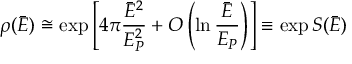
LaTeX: \rho ( \bar { E } ) \cong \exp \left[ 4 \pi { \frac { \bar { E } ^ { 2 } } { E _ { P } ^ { 2 } } } + { \cal O } \left( \ln { \frac { \bar { E } } { E _ { P } } } \right) \right] \equiv \exp S ( \bar { E } )